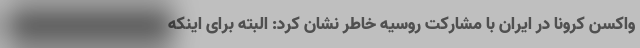
واکسن کرونا در ایران با مشارکت روسیه خاطر نشان کرد: البته برای اینکه